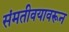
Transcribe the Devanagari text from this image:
संमतीवयावरून